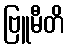
ဗြူမီတိ